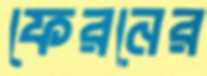
ফেরনের